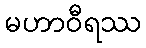
မဟာဝီရဿ